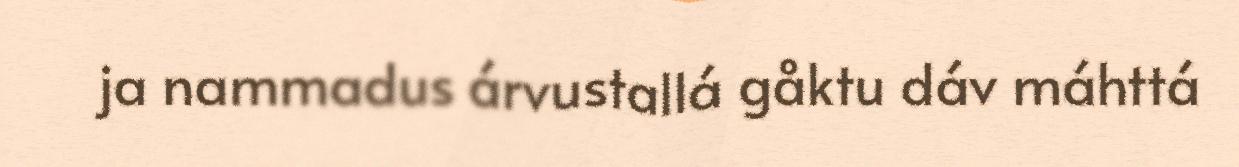
ja nammadus árvustallá gåktu dáv máhttá